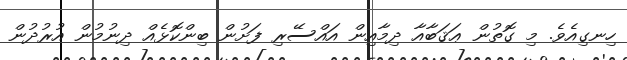
ހިނގިއެވެ. މި ގޮތުން ޢަޤަބާއާ ދިމާއިން އައްސޭރި ފަށުން ބިންކޮޅެއް ދިނުމުން އުރުދުން